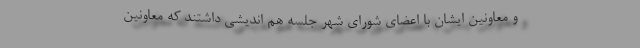
و معاونین ایشان با اعضای شورای شهر جلسه هم اندیشی داشتند که معاونین